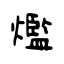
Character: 爁